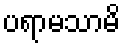
ပရာမသာမိ